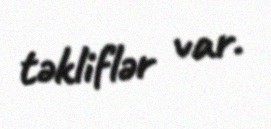
təkliflər var.